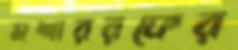
মশাররফের